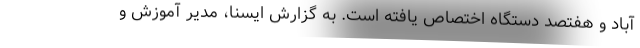
آباد و هفتصد دستگاه اختصاص یافته است. به گزارش ایسنا، مدیر آموزش و